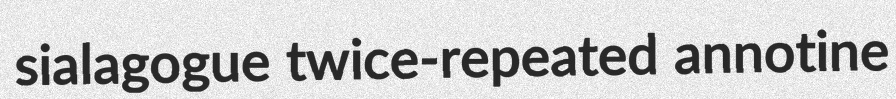
sialagogue twice-repeated annotine